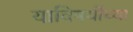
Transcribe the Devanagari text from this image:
याविषयींच्या